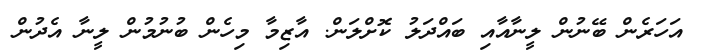
އަހަރެން ބޭނުން ލީނާއާއި ބައްދަލު ކޮށްލަން. އާޒިމާ މިހެން ބުނުމުން ލީނާ އެދުން